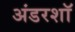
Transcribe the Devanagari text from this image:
अंडरशॉ